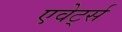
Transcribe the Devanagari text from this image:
एवेर्ट्स